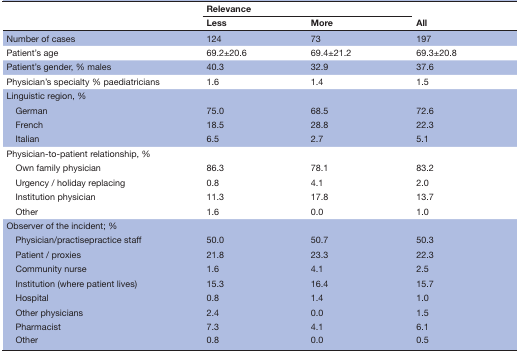
<table><thead><tr><td rowspan="2"></td><td colspan="2"><b>Relevance</b></td><td rowspan="2"><b>All</b></td></tr><tr><td><b>Less</b></td><td><b>More</b></td></tr></thead><tbody><tr><td>Number of cases</td><td>124</td><td>73</td><td>197</td></tr><tr><td>Patient&#x27;s age</td><td>69.2±20.6</td><td>69.4±21.2</td><td>69.3±20.8</td></tr><tr><td>Patient&#x27;s gender, % males</td><td>40.3</td><td>32.9</td><td>37.6</td></tr><tr><td>Physician&#x27;s specialty % paediatricians</td><td>1.6</td><td>1.4</td><td>1.5</td></tr><tr><td>Linguistic region, %</td><td></td><td></td><td></td></tr><tr><td> German</td><td>75.0</td><td>68.5</td><td>72.6</td></tr><tr><td> French</td><td>18.5</td><td>28.8</td><td>22.3</td></tr><tr><td> Italian</td><td>6.5</td><td>2.7</td><td>5.1</td></tr><tr><td>Physician-to-patient relationship, %</td><td></td><td></td><td></td></tr><tr><td> Own family physician</td><td>86.3</td><td>78.1</td><td>83.2</td></tr><tr><td> Urgency / holiday replacing</td><td>0.8</td><td>4.1</td><td>2.0</td></tr><tr><td> Institution physician</td><td>11.3</td><td>17.8</td><td>13.7</td></tr><tr><td> Other</td><td>1.6</td><td>0.0</td><td>1.0</td></tr><tr><td>Observer of the incident; %</td><td></td><td></td><td></td></tr><tr><td> Physician/practisepractice staff</td><td>50.0</td><td>50.7</td><td>50.3</td></tr><tr><td> Patient / proxies</td><td>21.8</td><td>23.3</td><td>22.3</td></tr><tr><td> Community nurse</td><td>1.6</td><td>4.1</td><td>2.5</td></tr><tr><td> Institution (where patient lives)</td><td>15.3</td><td>16.4</td><td>15.7</td></tr><tr><td> Hospital</td><td>0.8</td><td>1.4</td><td>1.0</td></tr><tr><td> Other physicians</td><td>2.4</td><td>0.0</td><td>1.5</td></tr><tr><td> Pharmacist</td><td>7.3</td><td>4.1</td><td>6.1</td></tr><tr><td> Other</td><td>0.8</td><td>0.0</td><td>0.5</td></tr></tbody></table>